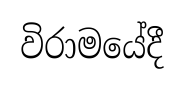
විරාමයේදී